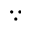
\because